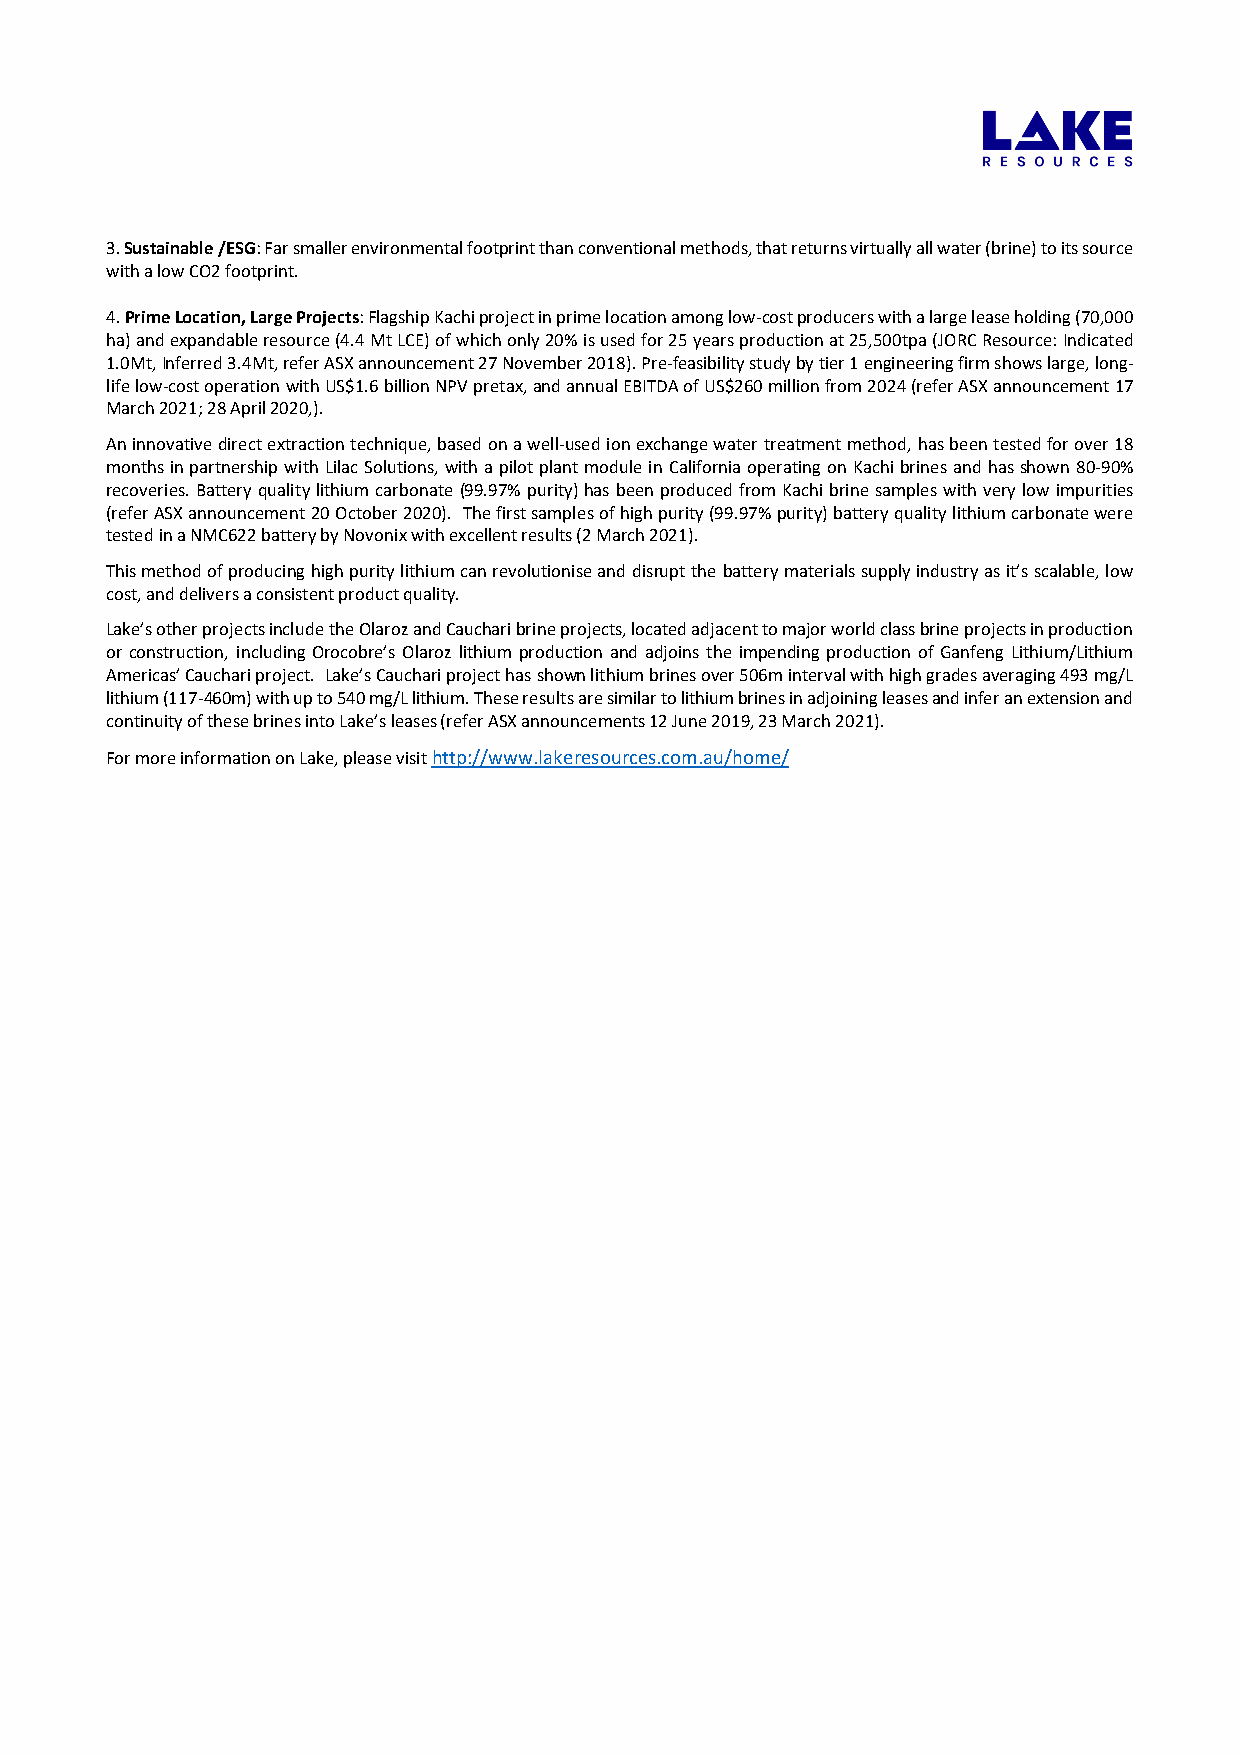
3. Sustainable /ESG: Far smaller environmental footprint than conventional methods, that returns virtually all water (brine) to its source
 with a low CO2 footprint.
 4. Prime Location, Large Projects: Flagship Kachi project in prime location among low-cost producers with a large lease holding (70,000
 ha) and expandable resource (4.4 Mt LCE) of which only 20% is used for 25 years production at 25,500tpa (JORC Resource: Indicated
 1.0Mt, Inferred 3.4Mt, refer ASX announcement 27 November 2018). Pre-feasibility study by tier 1 engineering firm shows large, long-
 life low-cost operation with US$1.6 billion NPV pretax, and annual EBITDA of US$260 million from 2024 (refer ASX announcement 17
 March 2021; 28 April 2020,).
 An innovative direct extraction technique, based on a well-used ion exchange water treatment method, has been tested for over 18
 months in partnership with Lilac Solutions, with a pilot plant module in California operating on Kachi brines and has shown 80-90%
 recoveries. Battery quality lithium carbonate (99.97% purity) has been produced from Kachi brine samples with very low impurities
 (refer ASX announcement 20 October 2020). The first samples of high purity (99.97% purity) battery quality lithium carbonate were
 tested in a NMC622 battery by Novonix with excellent results (2 March 2021).
 This method of producing high purity lithium can revolutionise and disrupt the battery materials supply industry as it’s scalable, low
 cost, and delivers a consistent product quality.
 Lake’s other projects include the Olaroz and Cauchari brine projects, located adjacent to major world class brine projects in production
 or construction, including Orocobre’s Olaroz lithium production and adjoins the impending production of Ganfeng Lithium/Lithium
 Americas’ Cauchari project. Lake’s Cauchari project has shown lithium brines over 506m interval with high grades averaging 493 mg/L
 lithium (117-460m) with up to 540 mg/L lithium. These results are similar to lithium brines in adjoining leases and infer an extension and
 continuity of these brines into Lake’s leases (refer ASX announcements 12 June 2019, 23 March 2021).
 For more information on Lake, please visit http://www.lakeresources.com.au/home/